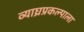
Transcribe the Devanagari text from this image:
व्याघ्रप्रकल्पाला